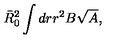
\bar { R } _ { 0 } ^ { 2 } \int d r r ^ { 2 } B \sqrt { A } ,